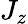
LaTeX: J_{z}